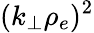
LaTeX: (k_{\perp}\rho_{e})^{2}